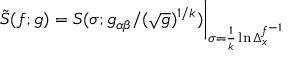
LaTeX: \tilde { S } ( f ; g ) = S ( \sigma ; g _ { \alpha \beta } / ( \sqrt { g } ) ^ { 1 / k } ) \bigg \vert _ { \sigma = \frac { 1 } { k } \ln \Delta _ { x } ^ { f ^ { - 1 } } }